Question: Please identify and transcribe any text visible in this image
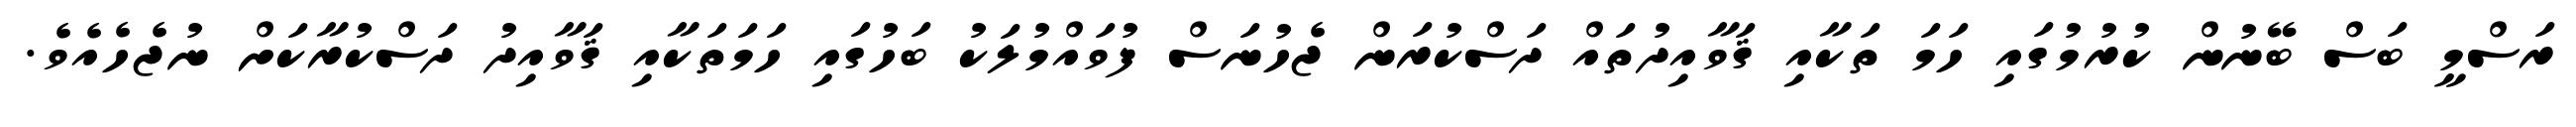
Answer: ރަސްމީ ބަސް ބޭނުން ކުރުމުގައި ހަމަ ތަކާއި ޤަވާއިދުތައް ދަސްކުރަން ޖެހުނަސް ފުވައްމުލަކު ބަހުގައި ހަމަތަކާއި ޤަވާއިދު ދަސްކުރާކަށް ނުޖެހެއެވެ.